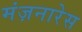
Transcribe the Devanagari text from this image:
मंज़नारेस